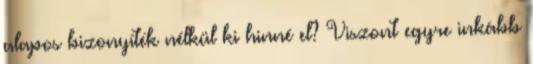
alapos bizonyíték nélkül ki hinné el? Viszont egyre inkább